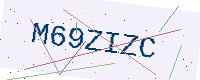
Text: M69ZIZC